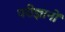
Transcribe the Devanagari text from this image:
परीज्ञानों